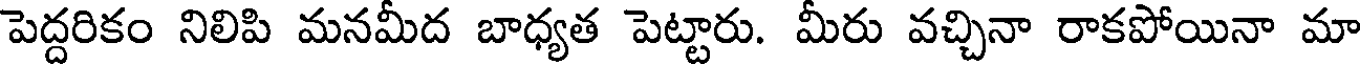
పెద్దరికం నిలిపి మనమీద బాధ్యత పెట్టారు. మీరు వచ్చినా రాకపోయినా మా